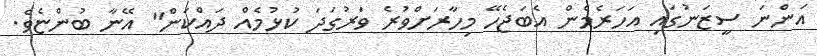
އަންނަ ސީޒަނުގައި އަހަރެމެން އެބަޖެހޭ މިހާރަށްވުރެ ވަރުގަދަ ކުޅުމެއް ދައްކަން" އޭނާ ބުންޏެވެ.